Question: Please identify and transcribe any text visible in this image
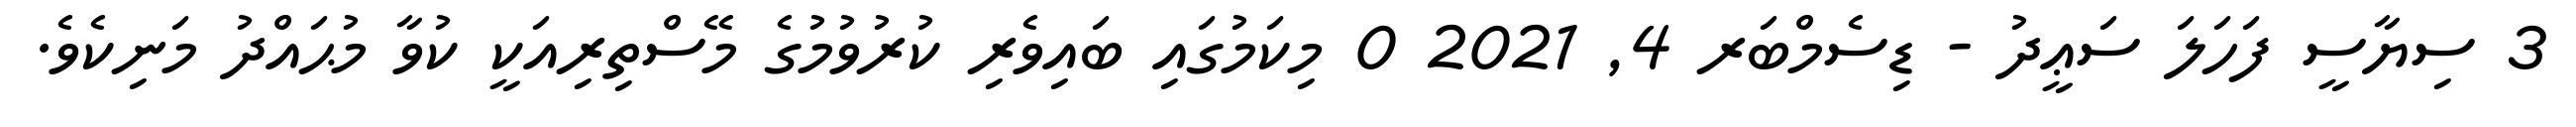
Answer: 3 ސިޔާސީ ފަހަލަ ސަޢީދު - ޑިސެމްބަރ 4, 2021 0 މިކަމުގައި ބައިވެރި ކުރުވުމުގެ މޭސްތިރިއަކީ ކުވާ މުޙައްދު މަނިކެވެ.